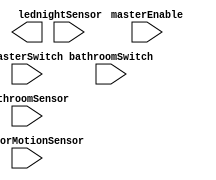
`timescale 1ns / 1ps
//////////////////////////////////////////////////////////////////////////////////
// Company: 
// Engineer: 
// 
// Design Name: 
// Module Name: lightsFSM
// Project Name: 
// Target Devices: 
// Tool Versions: 
// Description: 
// 
// Dependencies: 
// 
// Revision:
// Revision 0.01 - File Created
// Additional Comments:
// 
//////////////////////////////////////////////////////////////////////////////////


module lightsFSM(
    input masterEnable,
    input masterSwitch,
    input bathroomSwitch,
    input nightSensor,
    input bathroomSensor,
    input outdoorMotionSensor,
    output [2:0] led
    );
endmodule